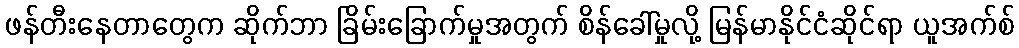
ဖန်တီးနေတာတွေက ဆိုက်ဘာ ခြိမ်းခြောက်မှုအတွက် စိန်ခေါ်မှုလို့ မြန်မာနိုင်ငံဆိုင်ရာ ယူအက်စ်